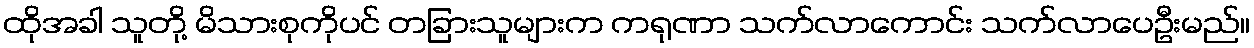
ထိုအခါ သူတို့ မိသားစုကိုပင် တခြားသူများက ကရုဏာ သက်လာကောင်း သက်လာပေဦးမည်။